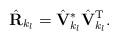
LaTeX: \begin{align*}\hat{\mathbf{R}}_{k_l} = \hat{\mathbf{V}}_{k_l}^* \hat{\mathbf{V}}_{k_l}^\mathrm{T}.\end{align*}